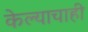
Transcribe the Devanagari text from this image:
केल्याचाही